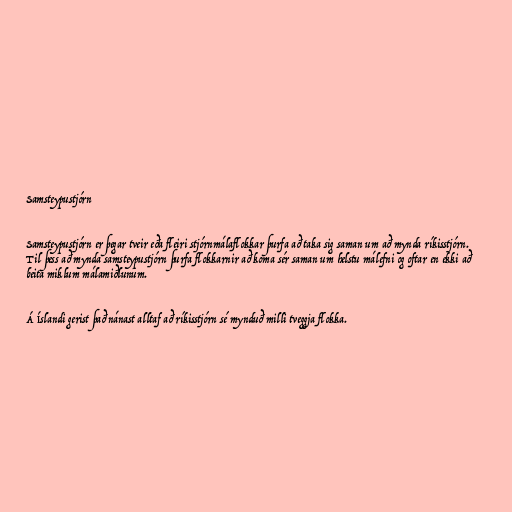
Samsteypustjórn

Samsteypustjórn er þegar tveir eða fleiri stjórnmálaflokkar þurfa að taka sig saman um að mynda ríkisstjórn.
Til þess að mynda samsteypustjórn þurfa flokkarnir að koma sér saman um helstu málefni og oftar en ekki að
beita miklum málamiðlunum.

Á Íslandi gerist það nánast alltaf að ríkisstjórn sé mynduð milli tveggja flokka.